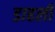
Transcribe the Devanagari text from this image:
डाहली